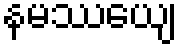
နမဿေယျ